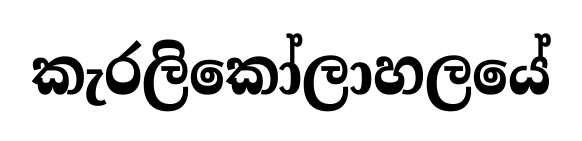
කැරලිකෝලාහලයේ